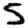
Digit: 5